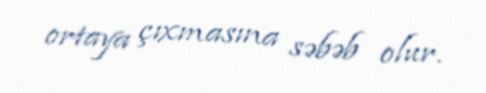
ortaya çıxmasına səbəb olur.